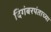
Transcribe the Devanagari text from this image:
दिगंबरपंताच्या